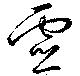
靈